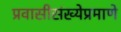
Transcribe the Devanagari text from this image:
प्रवासीसंख्येप्रमाणे